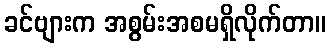
ခင်ဗျားက အစွမ်းအစမရှိလိုက်တာ။